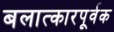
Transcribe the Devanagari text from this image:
बलात्कारपूर्वक